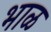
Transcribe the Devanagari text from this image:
भाळ